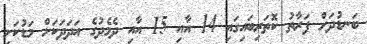
ބަނޑުދަށް ފަރާތު ކޮތަރިބައިގައި 14 އާއި 15 އާއި ދެމެދުގެ އަދަދަކަށް މަޑުކަށި